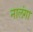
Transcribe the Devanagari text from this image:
नालंगा